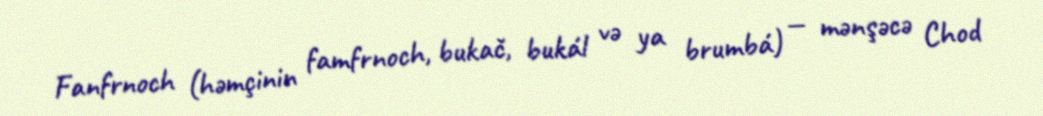
Fanfrnoch (həmçinin famfrnoch, bukač, bukál və ya brumbá) — mənşəcə Chod